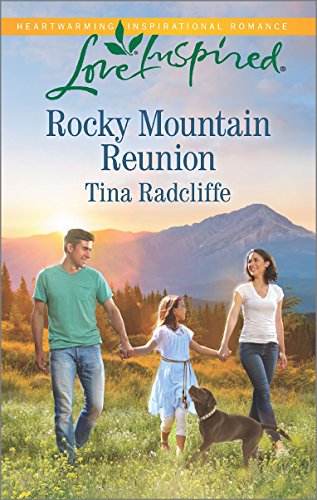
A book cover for Rocky Mountain Reunion (Love Inspired); Tina Radcliffe; Romance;